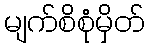
မျက်စိစုံမှိတ်